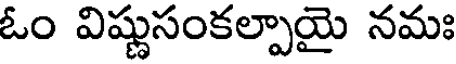
ఓం విష్ణుసంకల్పాయై నమః